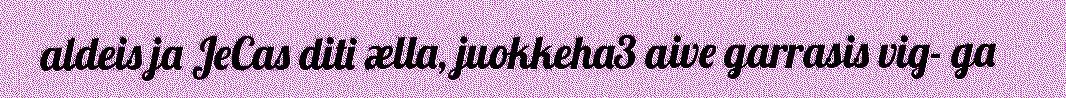
aldeis ja JeCas diti ælla, juokkeha3 aive garrasis vig- ga